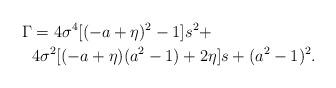
LaTeX: \begin{align*}\Gamma &= 4\sigma^4 [(-a+\eta)^2 - 1] s^2 + \\ &4\sigma^2 [(-a+\eta)(a^2 -1) + 2\eta] s+ (a^2 - 1)^2. \end{align*}